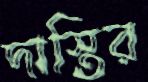
দাস্তির